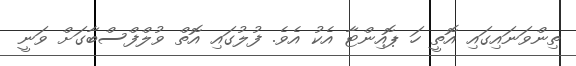
ތިންވަނައިގައި އޮތީ ހަ ޕޮއިންޓާ އެކު އެވެ. ފުލުގައި އޮތް ވުލްފްސްބާގަށް ވަނީ